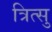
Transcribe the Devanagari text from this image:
त्रित्सु